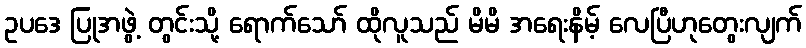
ဥပဒေ ပြုအဖွဲ့ တွင်းသို့ ရောက်သော် ထိုလူသည် မိမိ အရေးနိမ့် လေပြီဟုတွေးလျက်